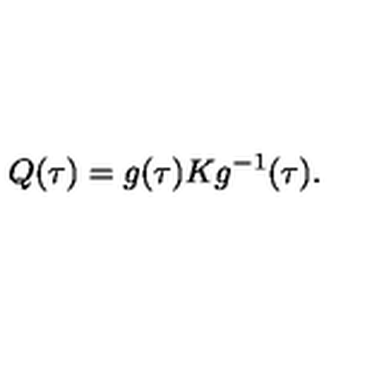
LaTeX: Q ( \tau ) = g ( \tau ) K g ^ { - 1 } ( \tau ) .